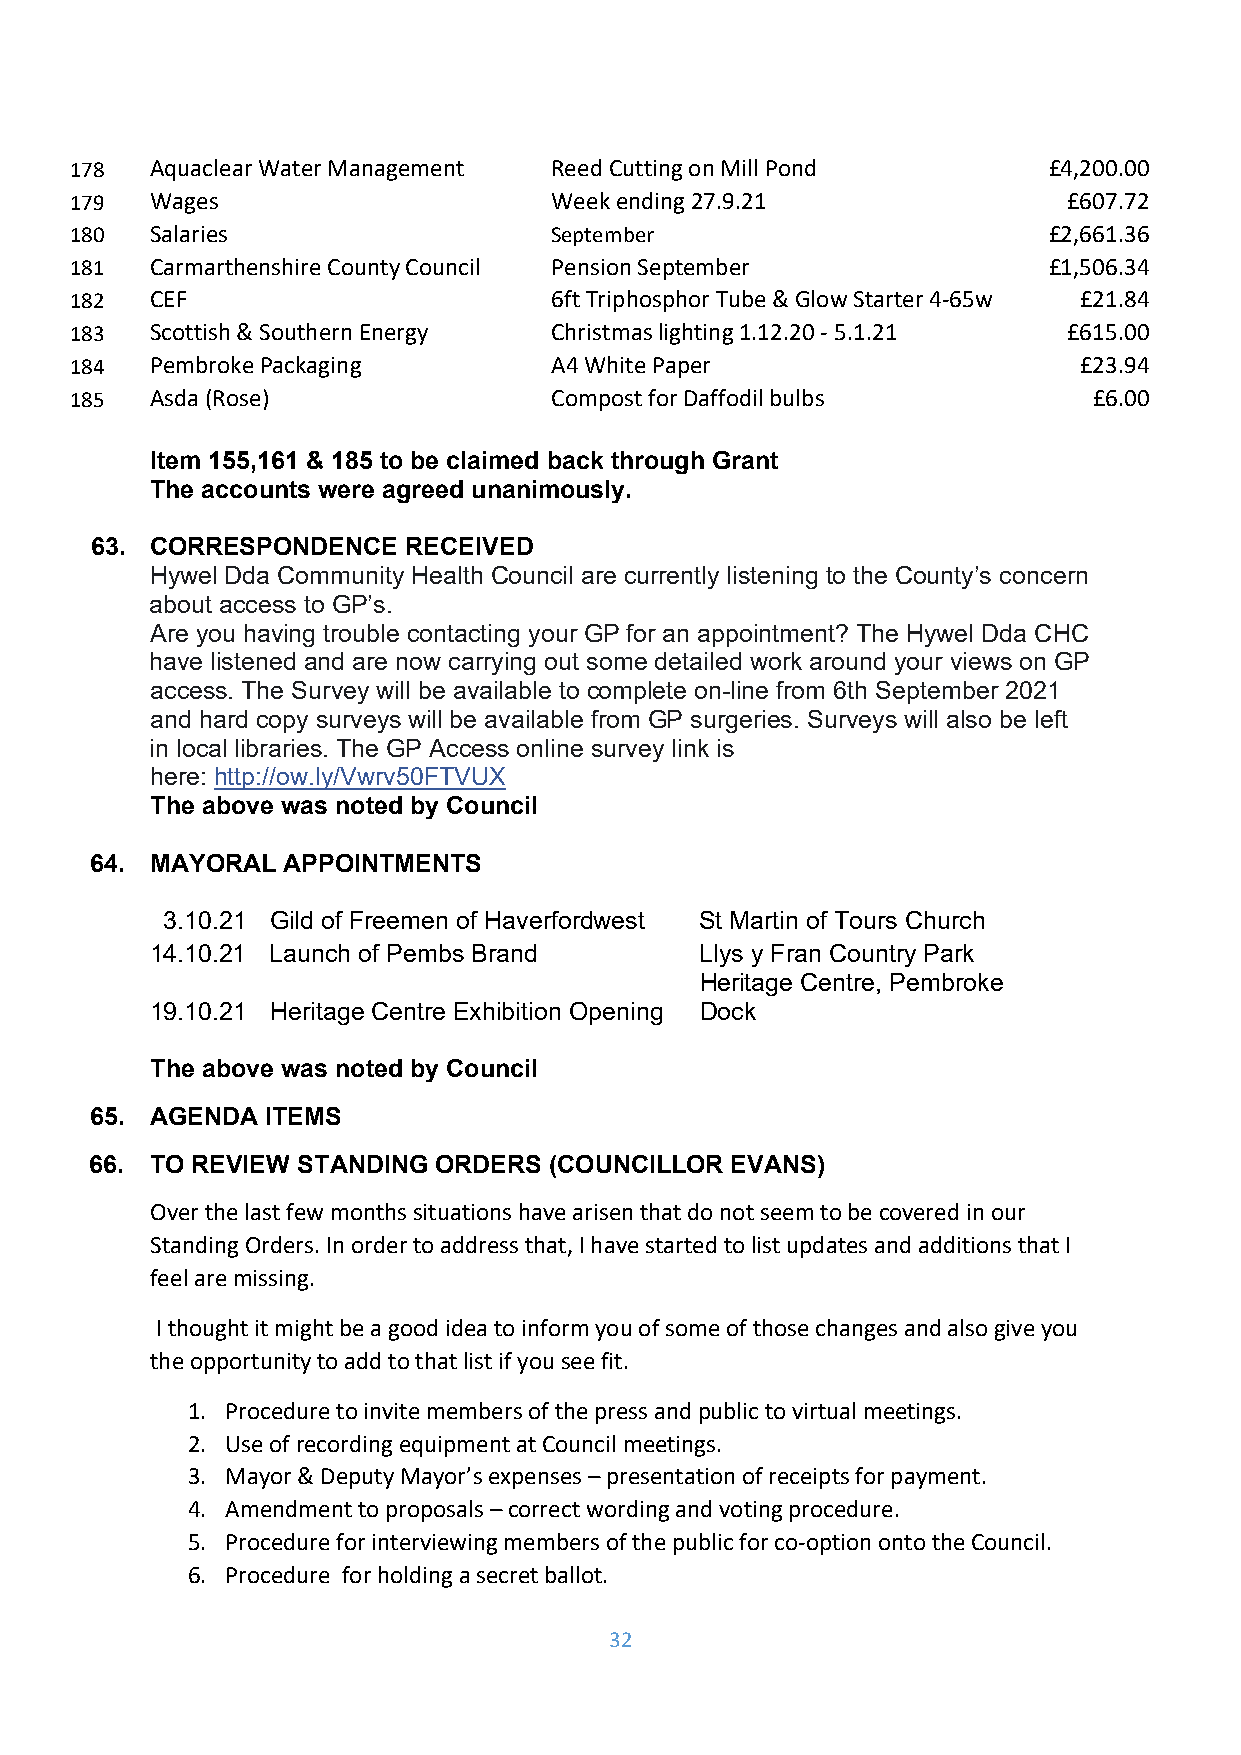
178  Aquaclear Water Management Reed Cutting on Mill Pond       £4,200.00
 179  Wages                     Week ending 27.9.21                £607.72
 180  Salaries                  September                        £2,661.36
 181  Carmarthenshire County Council Pension September           £1,506.34
 182  CEF                       6ft Triphosphor Tube & Glow Starter 4‐65w £21.84
 183  Scottish & Southern Energy Christmas lighting 1.12.20 ‐ 5.1.21 £615.00
 184  Pembroke Packaging        A4 White Paper                     £23.94
 185  Asda (Rose)               Compost for Daffodil bulbs          £6.00
 Item 155,161 & 185 to be claimed back through Grant
 The accounts were agreed unanimously.
 63. CORRESPONDENCE   RECEIVED
 Hywel Dda Community Health Council are currently listening to the County’s concern
 about access to GP’s.
 Are you having trouble contacting your GP for an appointment? The Hywel Dda CHC
 have listened and are now carrying out some detailed work around your views on GP
 access. The Survey will be available to complete on-line from 6th September 2021
 and hard copy surveys will be available from GP surgeries. Surveys will also be left
 in local libraries. The GP Access online survey link is
 here: http://ow.ly/Vwrv50FTVUX
 The above was noted by Council
 64. MAYORAL  APPOINTMENTS
 3.10.21 Gild of Freemen of Haverfordwest St Martin of Tours Church
 14.10.21 Launch of Pembs Brand      Llys y Fran Country Park
 Heritage Centre, Pembroke
 19.10.21 Heritage Centre Exhibition Opening Dock
 The above was noted by Council
 65. AGENDA  ITEMS
 66. TO REVIEW STANDING ORDERS (COUNCILLOR EVANS)
 Over the last few months situations have arisen that do not seem to be covered in our
 Standing Orders. In order to address that, I have started to list updates and additions that I
 feel are missing.
 I thought it might be a good idea to inform you of some of those changes and also give you
 the opportunity to add to that list if you see fit.
 1. Procedure to invite members of the press and public to virtual meetings.
 2. Use of recording equipment at Council meetings.
 3. Mayor & Deputy Mayor’s expenses – presentation of receipts for payment.
 4. Amendment to proposals – correct wording and voting procedure.
 5. Procedure for interviewing members of the public for co‐option onto the Council.
 6. Procedure for holding a secret ballot.
 32